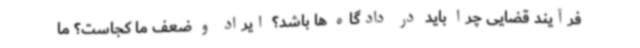
فرآیند قضایی چرا باید در دادگاه ها باشد؟ ایراد و ضعف ما کجاست؟ ما